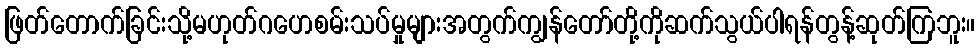
ဖြတ်တောက်ခြင်းသို့မဟုတ်ဂဟေစမ်းသပ်မှုများအတွက်ကျွန်တော်တို့ကိုဆက်သွယ်ပါရန်တွန့်ဆုတ်ကြဘူး။